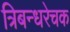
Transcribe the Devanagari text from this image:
त्रिबन्धरेचक